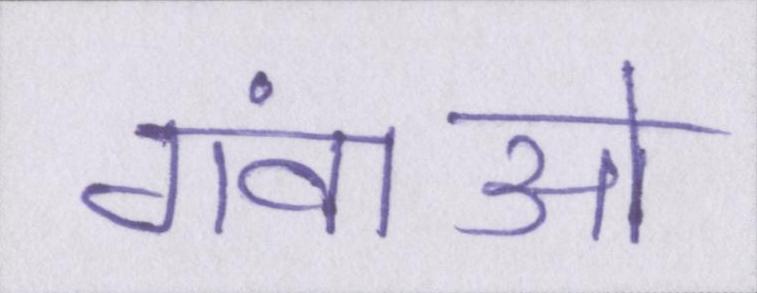
गंवाओ